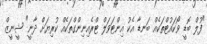
"ފުލް ބޮޑީ ވޯކައުޓްތަކެއް ބަނޑާ އެކު އިންޓަވަލް ޓްރެއިނިންގްތަކެއް ކުރިޔަށް ދާނީ" ޝީނީޒް